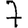
Digit: 7